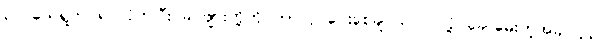
၃၂ ယေရှုက ရပ်လိုက်ပြီး ခင်ဗျားတို့ကို ဘာလုပ်ပေးစေချင်သလဲ လို့ ခေါ်မေးတဲ့အခါ၊ ၃၃